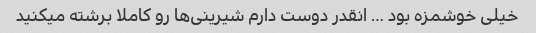
خیلی خوشمزه بود … انقدر دوست دارم شیرینی‌ها رو کاملا برشته میکنید